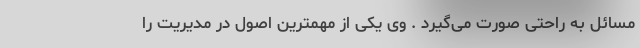
مسائل به راحتی صورت می‌گیرد . وی یکی از مهمترین اصول در مدیریت را